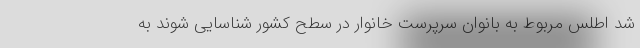
شد اطلس مربوط به بانوان سرپرست خانوار در سطح کشور شناسایی شوند به